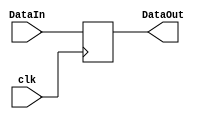
`timescale 1ns / 1ps
//////////////////////////////////////////////////////////////////////////////////
// Company: 
// Engineer: 
// 
// Design Name: 
// Module Name: DataBack_Register
// Project Name: 
// Target Devices: 
// Tool Versions: 
// Description: 
// 
// Dependencies: 
// 
// Revision:
// Revision 0.01 - File Created
// Additional Comments:
// 
//////////////////////////////////////////////////////////////////////////////////


module DataBack_Register(
    input[31:0] DataIn,
    output reg[31:0] DataOut,
    input clk
    );
    always@(negedge clk)begin
        DataOut = DataIn;
    end
endmodule